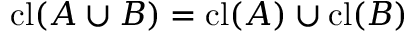
\operatorname { c l } ( A \cup B ) = \operatorname { c l } ( A ) \cup \operatorname { c l } ( B )